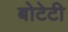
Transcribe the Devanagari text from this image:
बोटेटी